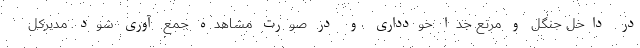
در داخل جنگل و مرتع جدا خودداری و در صورت مشاهده جمع آوری شود. مدیرکل